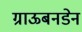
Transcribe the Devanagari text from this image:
ग्राऊबनडेन